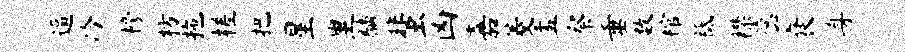
逼冷榜枋拖槎把星里麟蜚凶嘉菱盂察垂数棺祗襟蕊衰身